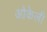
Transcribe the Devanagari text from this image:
ओकेली